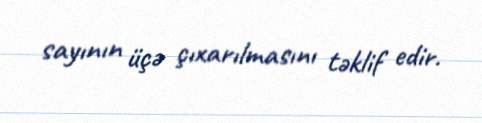
sayının üçə çıxarılmasını təklif edir.